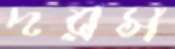
দরস